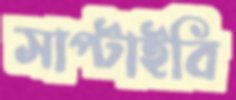
সাপ্‌টাইবি